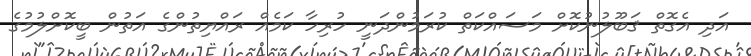
އަދި އެގޮތް ޤަބޫލުނުކޮށް މަސައްކަތް ކުރަމުންދަނީ ހުރިހާ ކަމެއް ރައްޔިތުންގެ އަތުން ބީކޮށްލުމުގެ